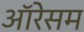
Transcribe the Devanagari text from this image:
ऑरेसम